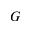
G